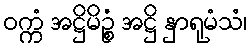
ဝက္ကံ အဋ္ဌိမိဉ္စံ အဋ္ဌိ နှာရုမံသံ၊